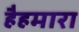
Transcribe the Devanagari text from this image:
हैहमारा